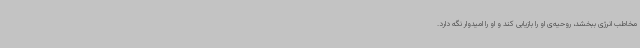
مخاطب انرژی ببخشد، روحیه‌ی او را بازیابی کند و او را امیدوار نگه دارد.